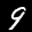
Label: 9